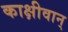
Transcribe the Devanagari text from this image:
काक्षीवान्